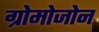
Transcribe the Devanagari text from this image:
ग्रोमोजोन